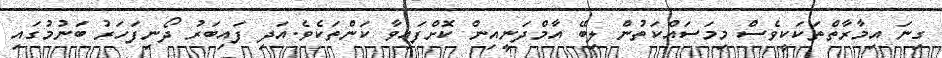
ގިނަ އިމާރާތްތަކަކީވެސް މިމަސައްކަތުން ލިބޭ އާމްދަނީއިން ކޮށްފައިވާ ކަންތަކެވެ.އަދި ފައިބަރު ދޯނިފަހަރު ބަނުމުގައި